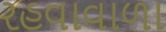
રહવાવાળા